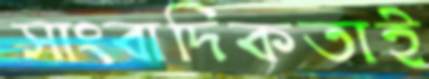
সাংবাদিকতাই